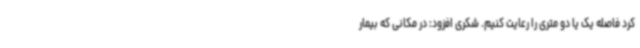
کرد فاصله یک یا دو متری را رعایت کنیم. شکری افزود: در مکانی که بیمار